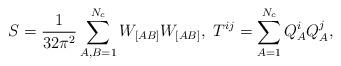
LaTeX: \begin{align*}S = \frac{1}{32\pi^2}\sum_{A,B=1}^{N_c} W_{[AB]}W_{[AB]}, \ T^{ij} = \sum_{A=1}^{N_c} Q_A^iQ_A^j,\end{align*}